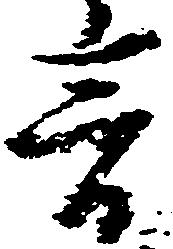
音